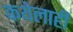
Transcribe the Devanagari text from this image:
कथेलाही